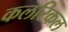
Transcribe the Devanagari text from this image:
कलरिकल